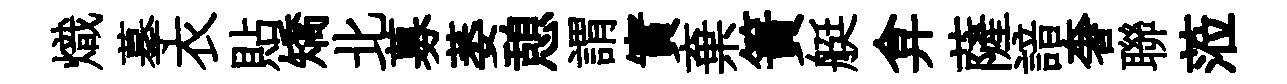
熾摹衣貼矯北募萎憩謂實棄簀艇弇薩諳奢聯蒞